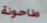
طاحونة